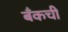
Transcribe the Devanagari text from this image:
बँकची